Report on inoculation in the plague infected areas of the Punjab and its dependencies from October 1900 to September 1901
Year: 1900
Disease focus: Plague
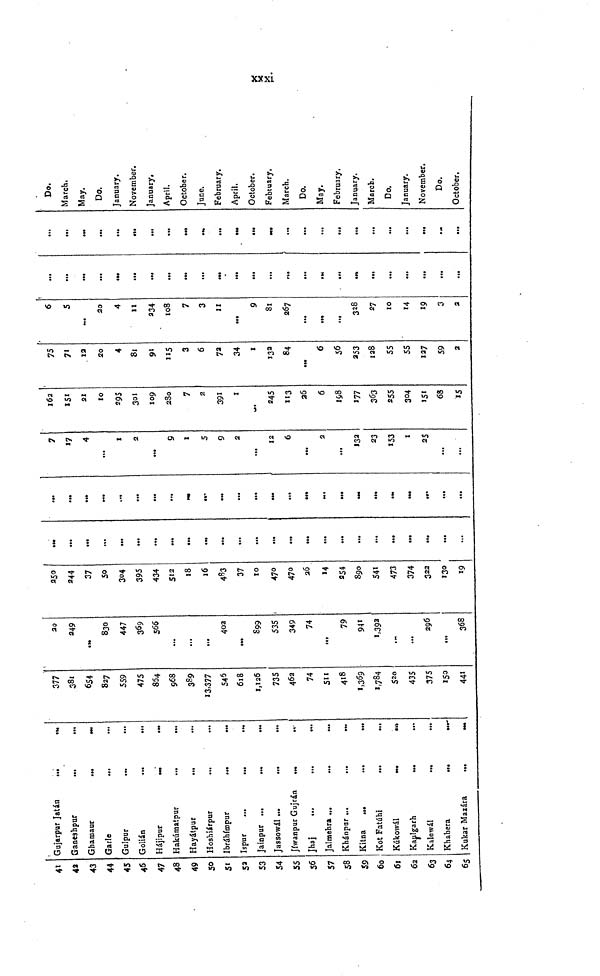
xxxi
41
42
43
44
45
46
47
48
49
50
51
52
53
54
55
56
57
58
59
60
61
62
63
64
65
Gujarpur Jatán
Ganeshpur
...
...
Ghamaur
Garle
Gulpur
Golián
Hajípur
Hakúmatpur
...
...
Hayátpur
...
...
Hoshiárpur
...
Ibráhímpur
...
...
Ispur
...
...
...
Jainpur ...
...
...
Jassowál ...
...
...
Jíwanpur Gujrán
...
..
Jhaj
Jalmehra .„
...
...
Khánpar ...
...
...
Kitna
Kot Fatúhi
Kúkowál
Kaulgarh
...
...
Kalewál
Khabera
...
...
Kukar Mazára
377
381
654
827
559
475
854
968
389
13,377
546
618
1,125
735
46 a
74
511
418
1,784
520
435
375
150
441
249
830
447
369
566
...
...
...
402
S99
535
349
74
...
79
941
1,392
...
296
368
250
244
37
50
304
395
434
512
18
16
483
37
10
470
470
26
14
254
890
541
473
374
322
130
19
...
...
...
...
...
...
...
...
...
...
...
...
...
...
...
...
...
...
...
...
...
...
...
...
...
...
...
...
...
...
...
...
...
...
...
...
7
17
4
...
1
2
...
9
1
5
9
2
...
12
6
...
2
...
132
23
153
1
25
...
...
162
151
21
10
295
301
109
280
7
2
391
1
245
113
26
6
198
177
363
255
304
151
68
15
75
71
12
20
4
81
91
115
3
6
72
34
1
132
84
...
6
56
253
128
55
55
127
59
2
6
5
20
4
11
234
108
7
3
11
...
9
81
267
...
••*
...
328
27
10
14
19
3
2
...
...
...
...
...
...
...
...
...
...
...
...
...
...
...
...
...
...
...
...
...
...
...
...
...
...
...
...
...
...
...
...
...
...
...
...
...
...
...
...
Do.
March.
May.
Do.
January.
November.
January,
April.
October.
June.
February.
April.
October.
February,
March.
Do.
May.
February.
January.
March.
Do.
January.
November.
Do.
October.